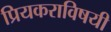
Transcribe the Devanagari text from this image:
प्रियकराविषयी